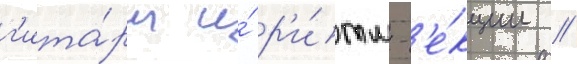
г'ита́ры и́ р'и́тм-с'е́кции //